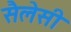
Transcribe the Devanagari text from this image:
सैलेसी